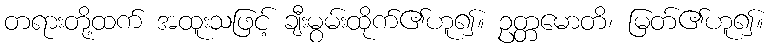
တရားတို့ထက် အထူးသဖြင့် ချီးမွမ်းထိုက်၏ဟူ၍။ ဥတ္တမောတိ၊ မြတ်၏ဟူ၍။